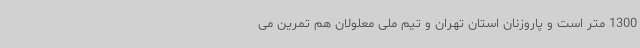
1300 متر است و پاروزنان استان تهران و تیم ملی معلولان هم تمرین می